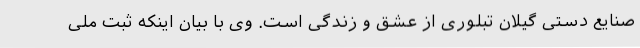
صنایع دستی گیلان تبلوری از عشق و زندگی است. وی با بیان اینکه ثبت ملی